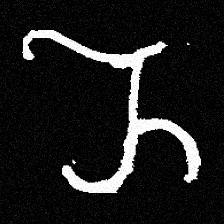
Pyu character \u2014 Myanmar letter: ည (romanized: nya)